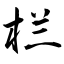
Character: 栏